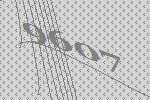
9607